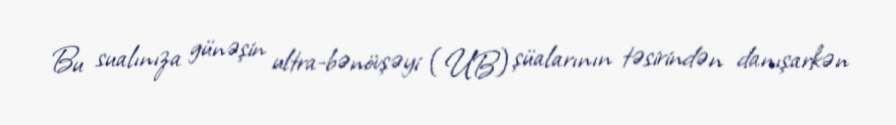
Bu sualınıza günəşin ultra-bənövşəyi (UB) şüalarının təsirindən danışarkən